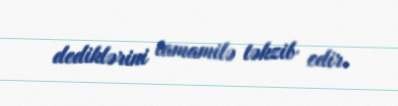
dediklərini tamamilə təkzib edir.